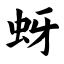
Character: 蚜